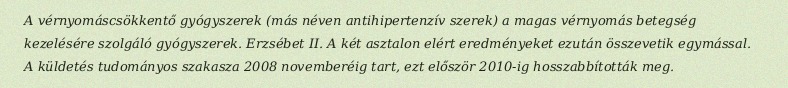
A vérnyomáscsökkentő gyógyszerek (más néven antihipertenzív szerek) a magas vérnyomás betegség kezelésére szolgáló gyógyszerek. Erzsébet II. A két asztalon elért eredményeket ezután összevetik egymással. A küldetés tudományos szakasza 2008 novemberéig tart, ezt először 2010-ig hosszabbították meg.